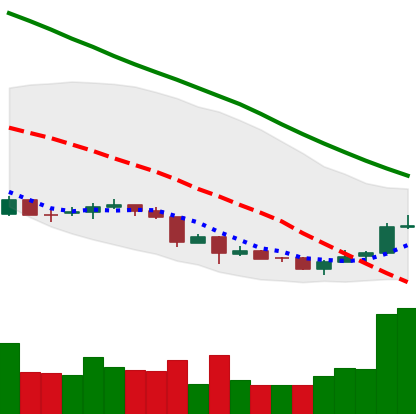
Ticker: NEO-USD
Chart end date: 2018-07-03
Forward return: 8.378%
Label: up_7plus